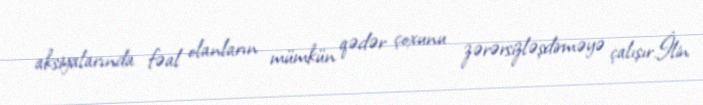
aksiyalarında fəal olanların mümkün qədər çoxunu zərərsizləşdirməyə çalışır.İlin